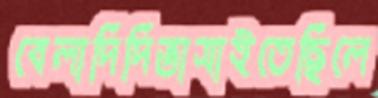
বেলাদিদিভাসাইতেছিলে